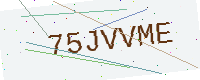
Text: 75JVVME